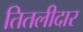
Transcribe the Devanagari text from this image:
तितलीदार